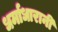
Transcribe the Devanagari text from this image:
धर्माधारानी